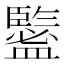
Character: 𥃉